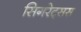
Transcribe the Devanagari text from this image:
सिगरेट्सस